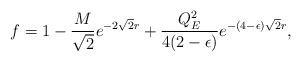
LaTeX: \begin{align*}f = 1 - {M \over \sqrt 2}e^{- 2 \sqrt 2 r} + {Q^2_E \over 4(2-\epsilon)}e^{- (4-\epsilon) \sqrt 2 r},\end{align*}